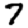
Digit: 7